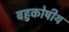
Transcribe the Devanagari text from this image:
बहुकोषीय